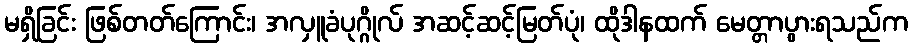
မရှိခြင်း ဖြစ်တတ်ကြောင်း၊ အလှူခံပုဂ္ဂိုလ် အဆင့်ဆင့်မြတ်ပုံ၊ ထိုဒါနထက် မေတ္တာပွားရသည်က